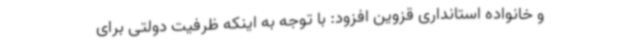
و خانواده استانداری قزوین افزود: با توجه به اینکه ظرفیت دولتی برای